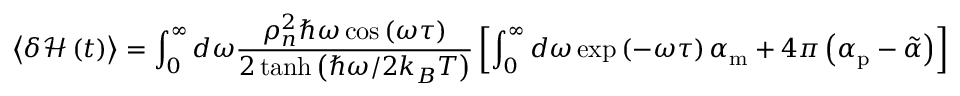
\left< \delta \mathcal { H } \left( t \right) \right> = \int _ { 0 } ^ { \infty } { d \omega \frac { \rho _ { n } ^ { 2 } \hbar \omega \cos \left( \omega \tau \right) } { 2 \operatorname { t a n h } \left( \hbar \omega / 2 k _ { B } T \right) } } \left[ \int _ { 0 } ^ { \infty } { d \omega \exp \left( - \omega \tau \right) \alpha _ { \mathrm { m } } } + 4 \pi \left( \alpha _ { \mathrm { p } } - \tilde { \alpha } \right) \right]